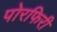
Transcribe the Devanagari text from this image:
पोरफिरी